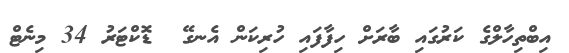
އިބްތިހާލްގެ ކަރުގައި ބާރަށް ހިފާފައި ހުރިކަން އެނގޭ  ޑޮކްޓަރު 34 މިނެޓް